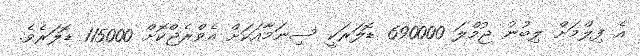
އެ ފިލްމަށް ލިބުނު ޖުމްލަ 690000 ޑޮލަރަކީ ސިނަމާއަކަށް އެވްރެޖްކޮށް 115000 ޑޮލަރެވެ.